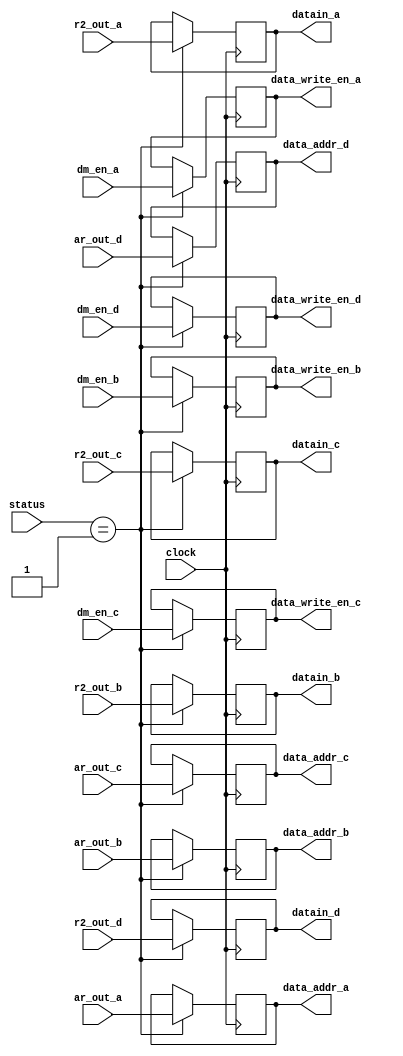
module selector(
			input clock,
			input [ 1: 0] status, 
			input [ 15: 0] r2_out_a,
			input dm_en_a,
			input [ 15: 0] ar_out_a,
			input [ 15: 0] r2_out_b,
			input dm_en_b,
			input [ 15: 0] ar_out_b,
			input [ 15: 0] r2_out_c,
			input dm_en_c,
			input [ 15: 0] ar_out_c,
			input [ 15: 0] r2_out_d,
			input dm_en_d,
			input [ 15: 0] ar_out_d,
			output reg [ 15: 0] datain_a, 
			output reg data_write_en_a,
			output reg [ 15: 0] data_addr_a, 
			output reg [ 15: 0] datain_b, 
			output reg data_write_en_b,
			output reg [ 15: 0] data_addr_b,
			output reg [ 15: 0] datain_c, 
			output reg data_write_en_c,
			output reg [ 15: 0] data_addr_c,
			output reg [ 15: 0] datain_d, 
			output reg data_write_en_d,
			output reg [ 15: 0] data_addr_d);
			
			always @(posedge clock)
			case (status)
			
			2'b01: begin // processing
			datain_a <= r2_out_a;
			data_write_en_a <=dm_en_a;
			data_addr_a <= ar_out_a;
			datain_b <= r2_out_b;
			data_write_en_b <=dm_en_b;
			data_addr_b <= ar_out_b;
			datain_c <= r2_out_c;
			data_write_en_c <=dm_en_c;
			data_addr_c <= ar_out_c;
			datain_d <= r2_out_d;
			data_write_en_d <=dm_en_d;
			data_addr_d <= ar_out_d;
			end
			
			endcase
endmodule